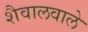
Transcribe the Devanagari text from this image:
शैवालवाले